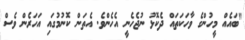
"ބައެއް މީހުންގެ ވާހަކަތައް ދެކޮޅު ނުޖެހެނީ އެހެންވެ. އެތަން ކޮނުމުގައި އަހަރެން ވެސް